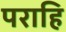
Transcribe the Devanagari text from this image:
पराहि